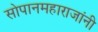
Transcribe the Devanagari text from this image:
सोपानमहाराजांनी